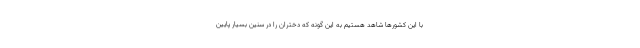
با این کشورها شاهد هستیم به این گونه که دختران را در سنین بسیار پایین